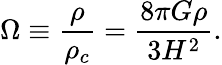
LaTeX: \Omega\equiv{\frac{\rho}{\rho_{c}}}={\frac{8\pi G\rho}{3H^{2}}}.